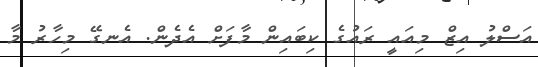
އަސްލު އިޒް މިއައީ ރައުގެ ކިބައިން މާފަށް އެދެން. އެނގޭ މިހާރު މާ